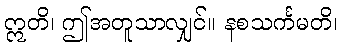
ဣတိ၊ ဤအတူသာလျှင်။ နစသင်္ကမတိ၊